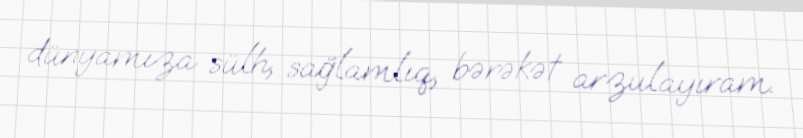
dünyamıza sülh, sağlamlıq, bərəkət arzulayıram.